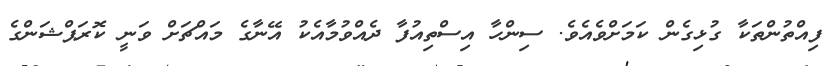
ފިއްތުންތަކާ ގުޅިގެން ކަމަށްވެއެވެ. ސިންހާ އިސްތިއުފާ ދެއްވުމާއެކު އޭނާގެ މައްޗަށް ވަނީ ކޮރަޕްޝަންގެ